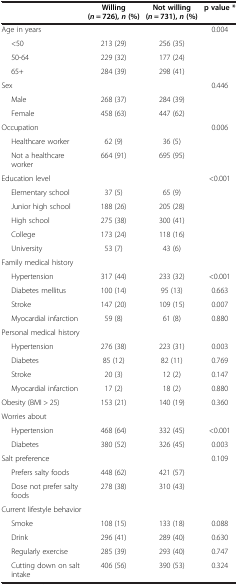
<table><thead><tr><td><b> </b></td><td><b>Willing (<i>n</i> = 726), <i>n </i>(%)</b></td><td><b>Not willing (<i>n</i> = 731), <i>n </i>(%)</b></td><td><b>p value *</b></td></tr></thead><tbody><tr><td>Age in years</td><td> </td><td> </td><td>0.004</td></tr><tr><td>&lt;50</td><td>213 (29)</td><td>256 (35)</td><td> </td></tr><tr><td>50-64</td><td>229 (32)</td><td>177 (24)</td><td> </td></tr><tr><td>65+</td><td>284 (39)</td><td>298 (41)</td><td> </td></tr><tr><td>Sex</td><td> </td><td> </td><td>0.446</td></tr><tr><td>Male</td><td>268 (37)</td><td>284 (39)</td><td> </td></tr><tr><td>Female</td><td>458 (63)</td><td>447 (62)</td><td> </td></tr><tr><td>Occupation</td><td> </td><td> </td><td>0.006</td></tr><tr><td>Healthcare worker</td><td>62 (9)</td><td>36 (5)</td><td> </td></tr><tr><td>Not a healthcare worker</td><td>664 (91)</td><td>695 (95)</td><td> </td></tr><tr><td>Education level</td><td> </td><td> </td><td>&lt;0.001</td></tr><tr><td>Elementary school</td><td>37 (5)</td><td>65 (9)</td><td> </td></tr><tr><td>Junior high school</td><td>188 (26)</td><td>205 (28)</td><td> </td></tr><tr><td>High school</td><td>275 (38)</td><td>300 (41)</td><td> </td></tr><tr><td>College</td><td>173 (24)</td><td>118 (16)</td><td> </td></tr><tr><td>University</td><td>53 (7)</td><td>43 (6)</td><td> </td></tr><tr><td>Family medical history</td><td> </td><td> </td><td> </td></tr><tr><td>Hypertension</td><td>317 (44)</td><td>233 (32)</td><td>&lt;0.001</td></tr><tr><td>Diabetes mellitus</td><td>100 (14)</td><td>95 (13)</td><td>0.663</td></tr><tr><td>Stroke</td><td>147 (20)</td><td>109 (15)</td><td>0.007</td></tr><tr><td>Myocardial infarction</td><td>59 (8)</td><td>61 (8)</td><td>0.880</td></tr><tr><td>Personal medical history</td><td> </td><td> </td><td> </td></tr><tr><td>Hypertension</td><td>276 (38)</td><td>223 (31)</td><td>0.003</td></tr><tr><td>Diabetes</td><td>85 (12)</td><td>82 (11)</td><td>0.769</td></tr><tr><td>Stroke</td><td>20 (3)</td><td>12 (2)</td><td>0.147</td></tr><tr><td>Myocardial infarction</td><td>17 (2)</td><td>18 (2)</td><td>0.880</td></tr><tr><td>Obesity (BMI &gt; 25)</td><td>153 (21)</td><td>140 (19)</td><td>0.360</td></tr><tr><td>Worries about</td><td> </td><td> </td><td> </td></tr><tr><td>Hypertension</td><td>468 (64)</td><td>332 (45)</td><td>&lt;0.001</td></tr><tr><td>Diabetes</td><td>380 (52)</td><td>326 (45)</td><td>0.003</td></tr><tr><td>Salt preference</td><td> </td><td> </td><td>0.109</td></tr><tr><td>Prefers salty foods</td><td>448 (62)</td><td>421 (57)</td><td> </td></tr><tr><td>Dose not prefer salty foods</td><td>278 (38)</td><td>310 (43)</td><td> </td></tr><tr><td>Current lifestyle behavior</td><td> </td><td> </td><td> </td></tr><tr><td>Smoke</td><td>108 (15)</td><td>133 (18)</td><td>0.088</td></tr><tr><td>Drink</td><td>296 (41)</td><td>289 (40)</td><td>0.630</td></tr><tr><td>Regularly exercise</td><td>285 (39)</td><td>293 (40)</td><td>0.747</td></tr><tr><td>Cutting down on salt intake</td><td>406 (56)</td><td>390 (53)</td><td>0.324</td></tr></tbody></table>